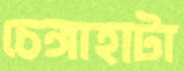
চেঙ্গাহাটা